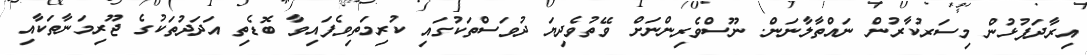
އިރާދަފުޅުން މިސަރުކާރުން ނައްތާލާނަން. ނޫސްވެރިންނަށް ވޭތުވެދިޔަ ދުވަސްތަކުގައި ކުރިމަތިވެފައިވާ ބޮޑެތި އަދަދުތަކުގެ ޖޫރިމަނާތަކާއި